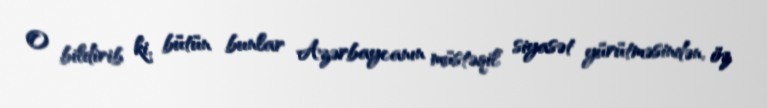
O bildirib ki, bütün bunlar Azərbaycanın müstəqil siyasət yürütməsindən, öz